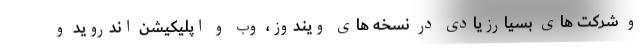
و شرکت های بسیارزیادی در نسخه های ویندوز، وب و اپلیکیشن اندروید و